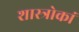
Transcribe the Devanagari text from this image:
शास्त्रोकां